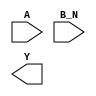
module sky130_fd_sc_hdll__nor2b (
    //# {{data|Data Signals}}
    input  A  ,
    input  B_N,
    output Y
);

    // Voltage supply signals
    supply1 VPWR;
    supply0 VGND;
    supply1 VPB ;
    supply0 VNB ;

endmodule